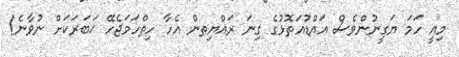
މިއީ ހަމަ ޔަގީނުންވެސް އައްޑުއަތޮޅުގެ ގިނަ ރައްޔިތން އެހާ ހިތްހަމަޖެހޭ ޚަބަރަކަށް ނުވާނެ!